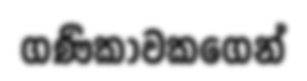
ගණිකාවකගෙන්